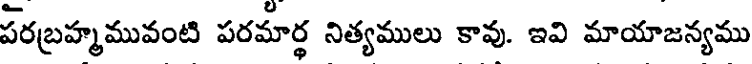
పరబ్రహ్మమువంటి పరమార్థ నిత్యములు కావు. ఇవి మాయాజన్యము